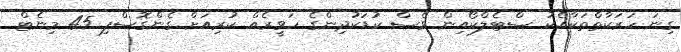
ގިނަ ހަރަކާތްތަކާއެކު ސްޓެލްކޯއިން ވެސް ކުޑަކުދިންގެ ހަވީރެއް ކުރިއަށް ގެންގޮސްފި 45 މިނެޓް